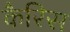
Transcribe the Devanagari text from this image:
कैरिस